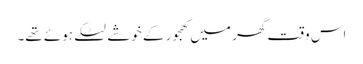
اس وقت گھر میں کھجور کے خوشے لٹکے ہوئے تھے۔